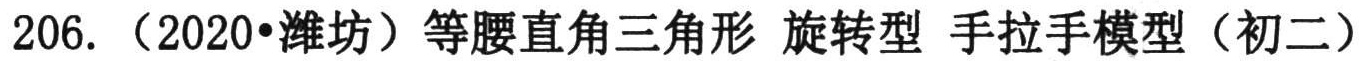
206. （2020•潍坊）等腰直角三角形 旋转型 手拉手模型（初二）